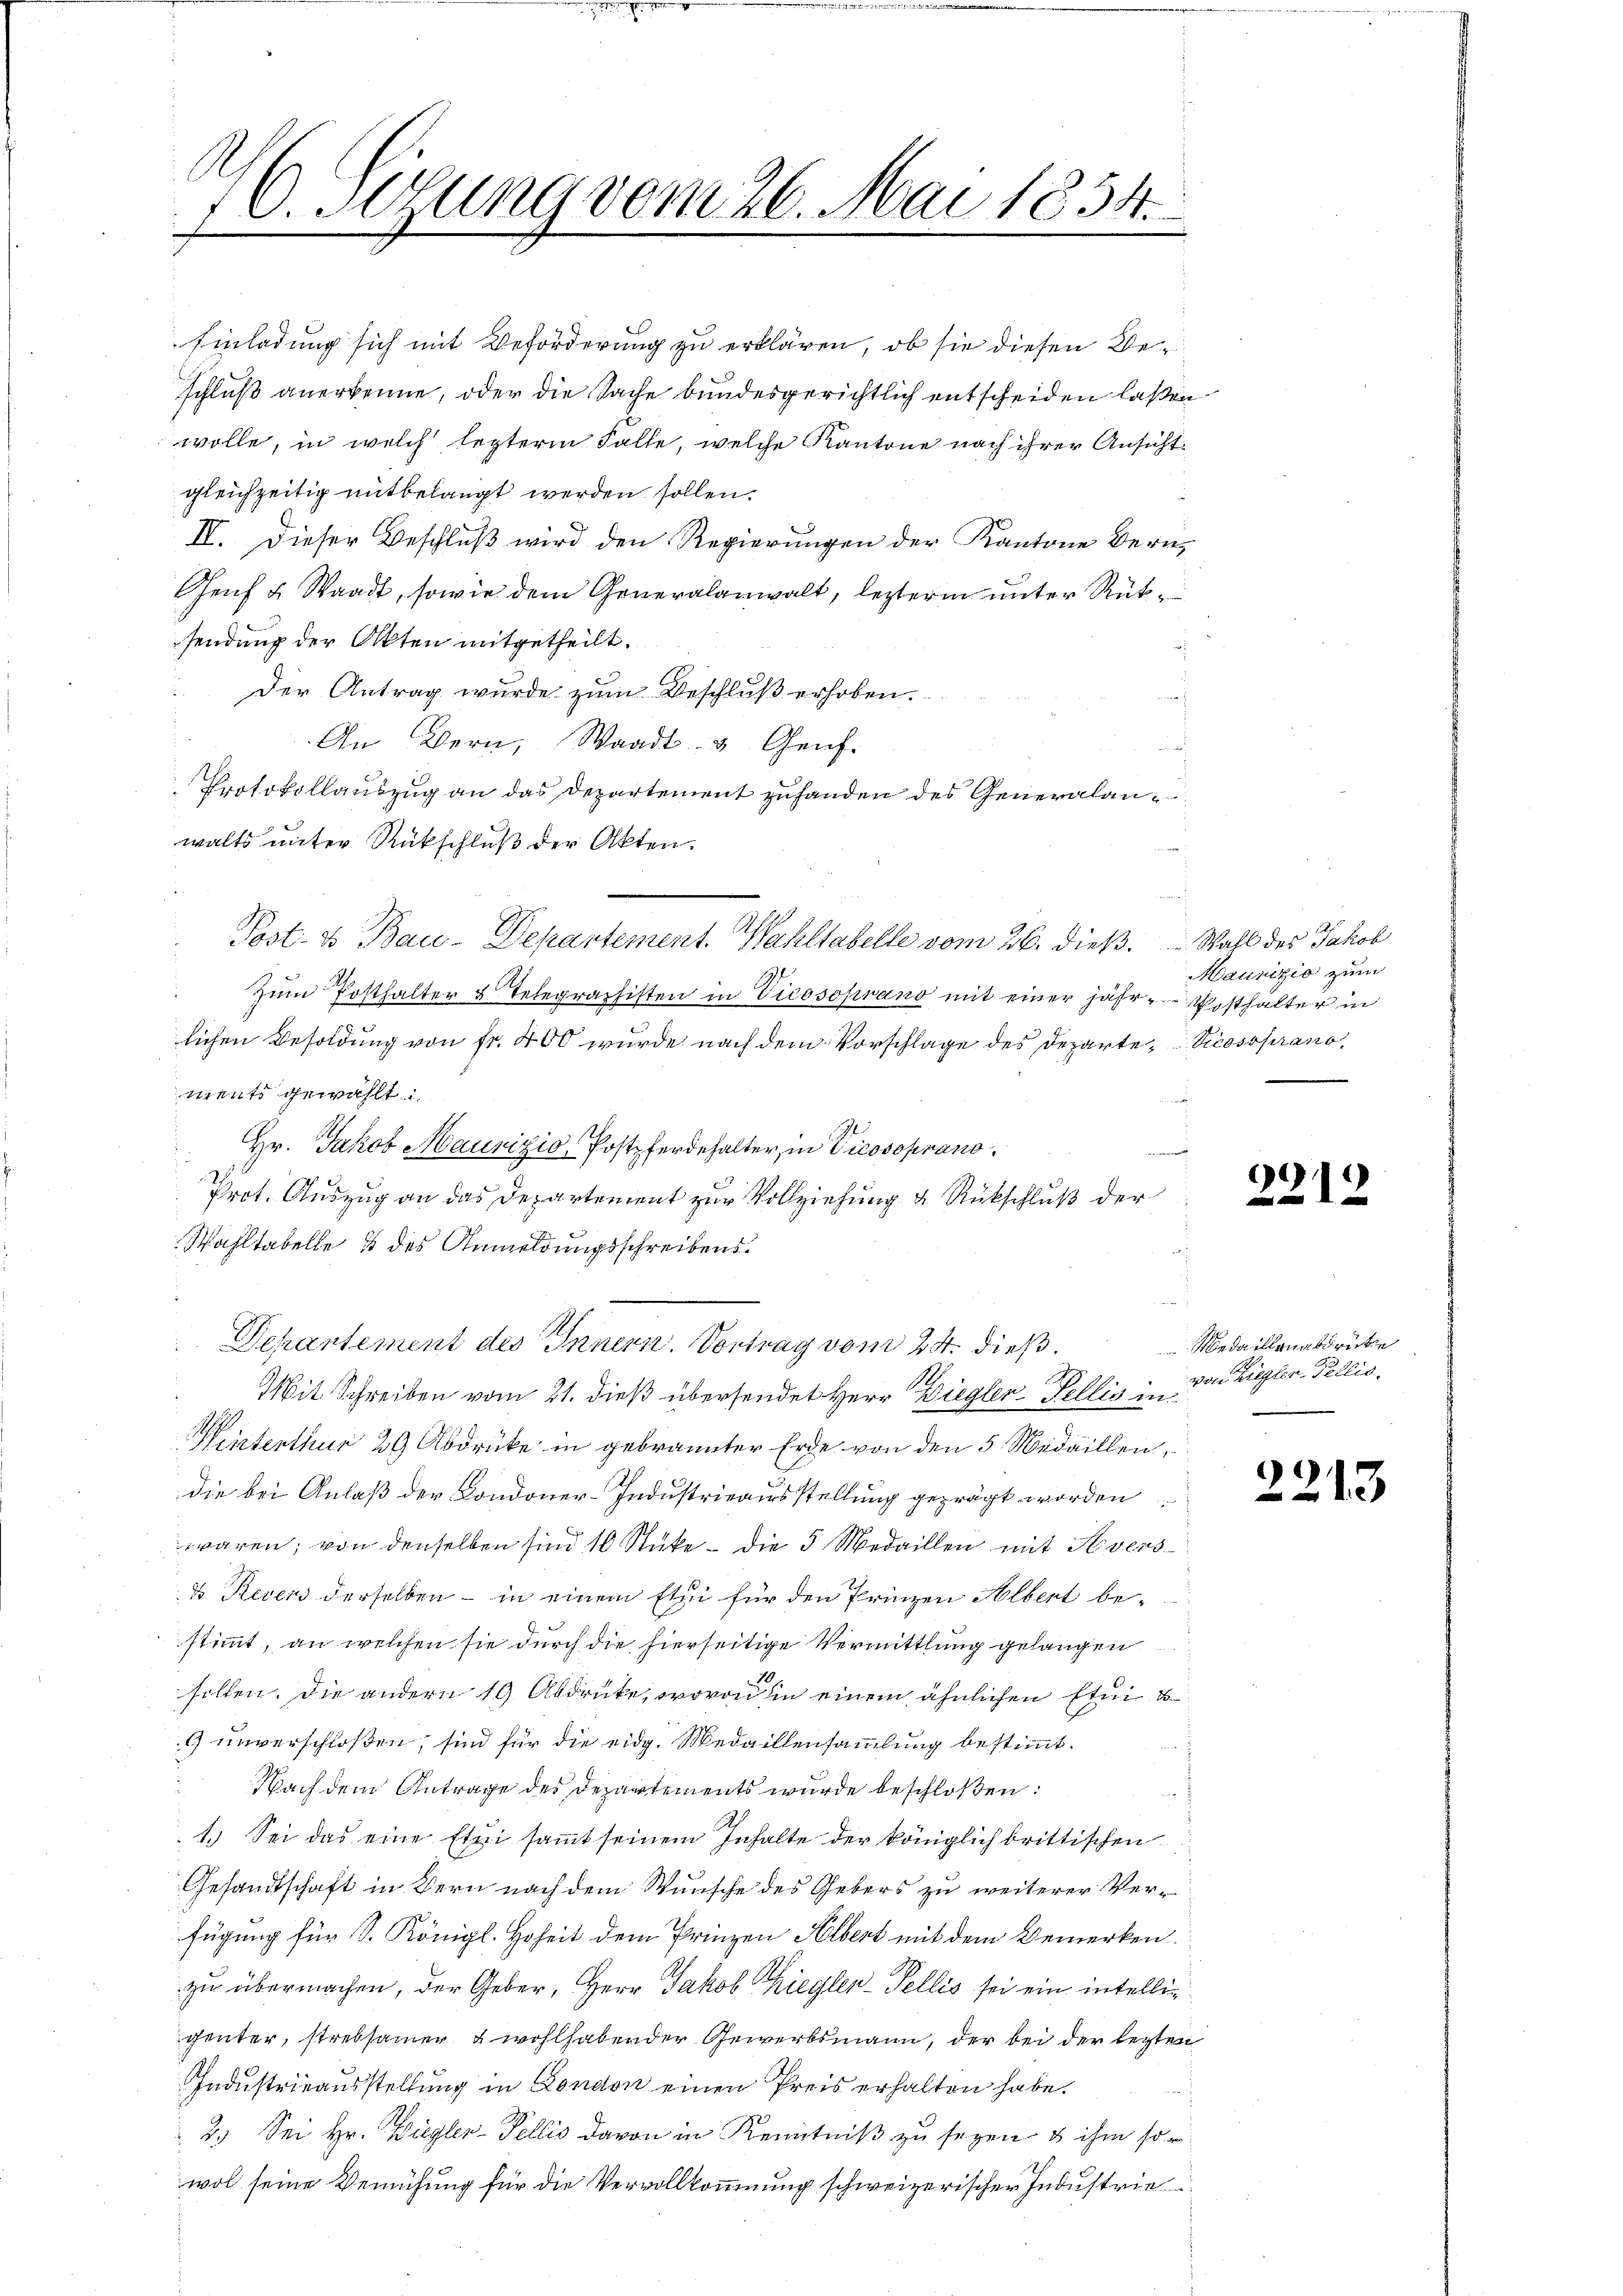
46. Sigung vom 26. Mai 1854.

sendung der Akten mitgetheilt.
Der Antrag wurde zum Beschluß erhoben.
An Bern, Waadt & Genf.
Protokollauszug an das Departement zuhanden des Generalanwalts unter Rückschluß der Akten.
s
Zŭm Posthalter & Telegraphisten in Vicosoprano mit einer jähr-Posthalter in
lichen Besoldung von fr. 400 wurde nach dem Vorschlage des Departe-Scossprano,
ments gewählt:
Hr. Jakob Maurizio, Postpferdehalter, in Vicosoprano¬
2
Prot. Auszug an das Departement zur Vollziehung u. Rückschluß der
Wahltabelle & des Anmeldungsschreibens¬
Dekantement des Innern. Vortrag vom 24. dieß¬
Mit Schreiben vom 21. dieß übersendet Herr Ziegler-Fellis in
Winterthur 29 Abdruke in gebrannter Erde von den 5 Medaillen,
die bei Anlaß der Londoner-Industrieausstellung geprägt worden
waren; von denselben sind 10 Stücke - die 3 Medaillen mit Kevers
d Recens derselben – in einem Etui für den Prinzen Albert bestimmt, an welchen sie durch die hierseitige Vermittlung gelangen
sollen. Die andern 10 Abdrücke, wovon in einem ähnlichen Etui b
9 unverschloßen, sind für die eidg. Medaillensammlung bestimmt.
 Nach dem Antrage des Departements wurde beschloßen:
1. Sei das eine Etui sammt seinem Inhalte der königlich brittischen
Gesandtschaft in Bern nach dem Wunsche des Gebers zu weiterer Verfügung für S. Königl. Hoheit dem Prinzen Albert mit dem Bemerkenzu übermachen, der Geber, Herr Jakob Ziegler-Fellis sei ein intelligenter, strebsamer & wohlhabender Gewerbsmann, der bei der lezten
Industrieausstellung in London einen Preis erhalten habe.
2.) Sei Hr. Wiegler-Fellis davon in Kenntniß zu seyen & ihm so
wol seine Bemühung für die Vervollkommnung schweizerischer Industrie

Einladung sich mit Beförderung zu erklären, ob sie diesen Beschluß anerkenne, oder die Sache bundesgerichtlich entscheiden laßen
wolle, in welch lezterm Falle, welche Kantone nach ihrer Ansicht
gleichzeitig mitbelangt werden sollen.
II. Dieser Beschluß wird den Regierungen der Kantone Bern,
Genf u. Waadt, sowie dem Generalanwalt, lezterm unter Rük¬

Post- & Bau-Departement. Wahltabelle vom 26. dieß. Wahl des Jakob

Maunizio zum

2219

Medaillenabdrücke
von Ziegler-Tellis,

2213